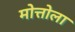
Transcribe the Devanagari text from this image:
मोत्तोला